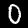
Label: 0